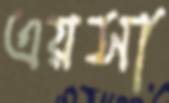
এয়সা